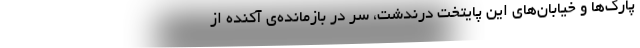
پارک‌ها و خیابان‌های این پایتختِ درندشت، سر در بازمانده‌ی آکنده از